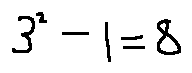
3 ^ { 2 } - 1 = 8